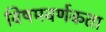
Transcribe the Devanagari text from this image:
विषमवर्णकता